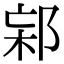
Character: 𨛌